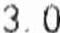
3.0